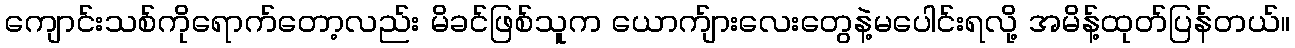
ကျောင်းသစ်ကိုရောက်တော့လည်း မိခင်ဖြစ်သူက ယောက်ျားလေးတွေနဲ့မပေါင်းရလို့ အမိန့်ထုတ်ပြန်တယ်။